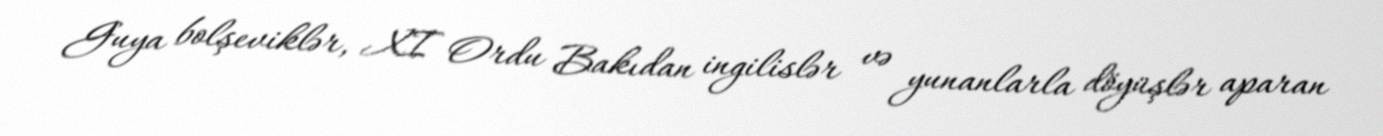
Guya bolşeviklər, XI Ordu Bakıdan ingilislər və yunanlarla döyüşlər aparan